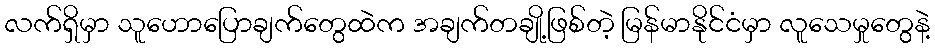
လက်ရှိမှာ သူဟောပြောချက်တွေထဲက အချက်တချို့ဖြစ်တဲ့ မြန်မာနိုင်ငံမှာ လူသေမှုတွေနဲ့